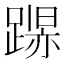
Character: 𲄁